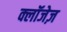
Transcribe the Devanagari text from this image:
क्लॉजेज़